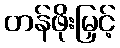
တန်ဖိုးမြှင့်